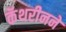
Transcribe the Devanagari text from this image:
कॅथरीनने